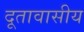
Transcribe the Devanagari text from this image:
दूतावासीय